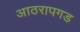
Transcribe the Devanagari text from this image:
आठरापगड